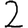
Digit: 2